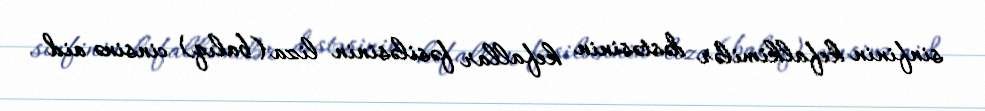
sinfinin kefalkimilər dəstəsinin kefallar fəsiləsinin liza (balıq) cinsinə aid